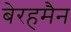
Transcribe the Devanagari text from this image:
बेरहमैन